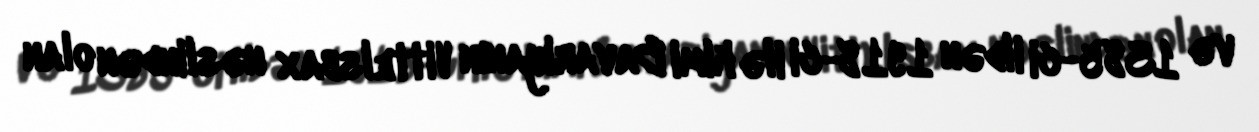
və 1385-ci ildən 1918-ci ilə kimi Bavariyanın Vittelsbax nəslindən olan